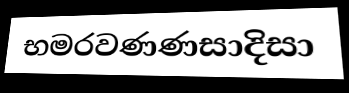
භමරවණණසාදිසා